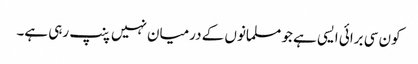
کون سی برائی ایسی ہے جو مسلمانوں کے درمیان نہیں پنپ رہی ہے۔